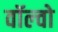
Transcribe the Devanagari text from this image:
वॉल्‍वो